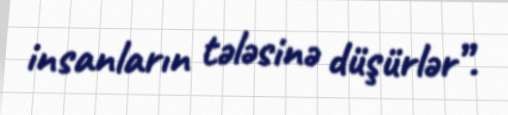
insanların tələsinə düşürlər”.